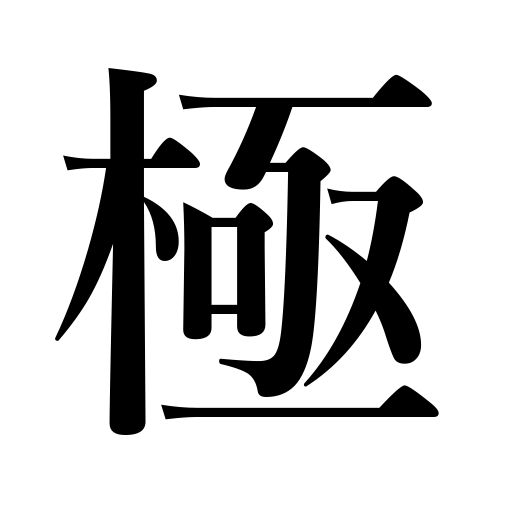
Meanings: terminate,end,electric poles,master,be in a dilemma,carry to extremes,investigate thoroughly,height,reach an extreme,highest rank,extremity,acme,the poles